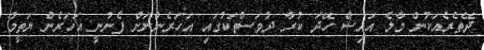
ދޭތެރެއަކުން މާލެ އައިސް ހޭދަ ކުރާ ދުވަސްތަކުގައި އަހަރެންނަށް ފެނުނީ އަހަރެން ޔަތީމު